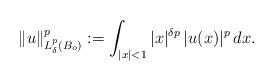
LaTeX: \begin{align*}\|u\|^p_{L^p_{\delta}(B_o)}:=\int_{|x|<1} |x|^{\delta p}\,|u(x)|^p\,dx.\end{align*}